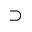
\supset